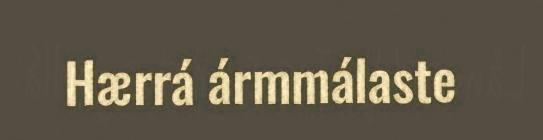
Hærrá ármmálaste